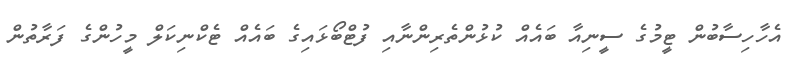
އެހާހިސާބުން ޓީމުގެ ސީނިއާ ބައެއް ކުޅުންތެރިންނާއި ފުޓްބޯޅައިގެ ބައެއް ޓެކްނިކަލް މީހުންގެ ފަރާތުން